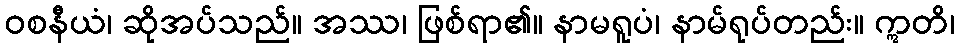
ဝစနီယံ၊ ဆိုအပ်သည်။ အဿ၊ ဖြစ်ရာ၏။ နာမရူပံ၊ နာမ်ရုပ်တည်း။ ဣတိ၊